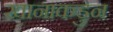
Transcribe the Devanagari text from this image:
खानाकडुन